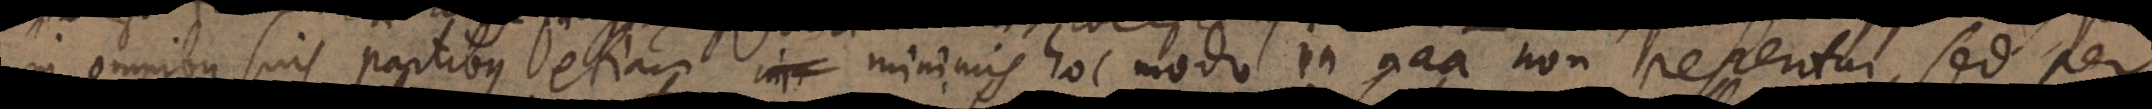
in omnibus suis partibus etiam minimis hoc modo in natura non reperitur, sed per